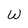
Character: W